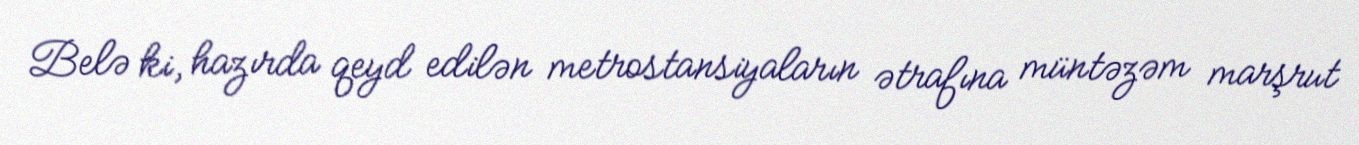
Belə ki, hazırda qeyd edilən metrostansiyaların ətrafına müntəzəm marşrut